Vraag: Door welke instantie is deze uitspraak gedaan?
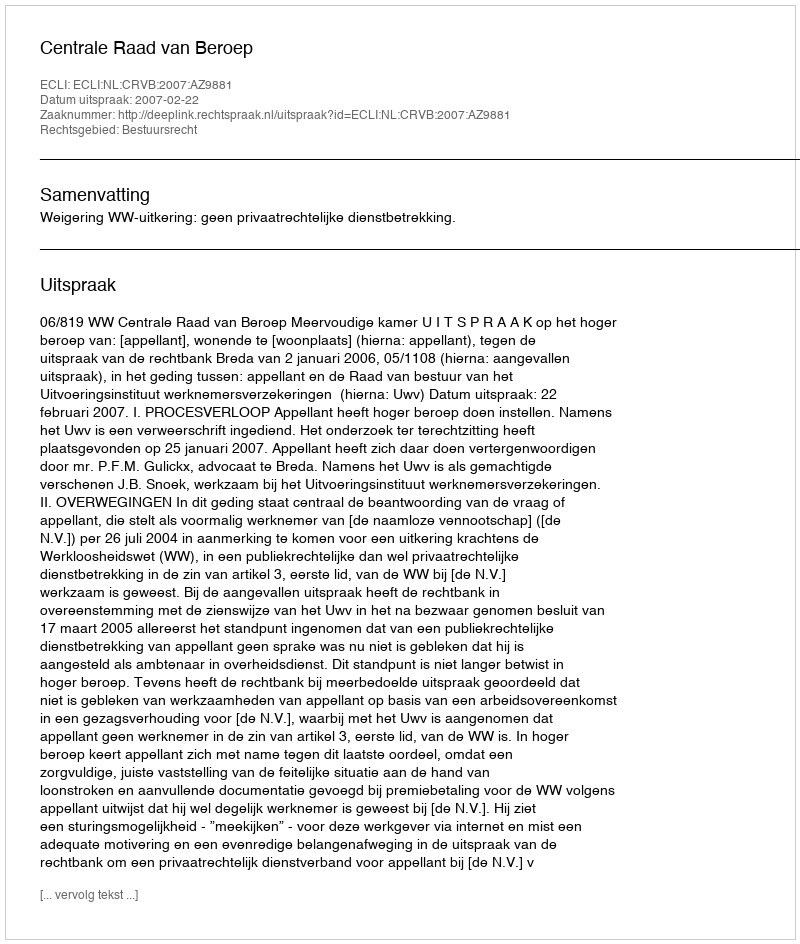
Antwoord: Centrale Raad van Beroep